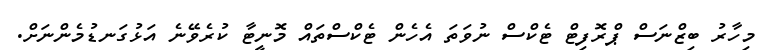
މިހާރު ބިޒްނަސް ޕްރޮފިޓް ޓެކްސް ނުވަތަ އެހެން ޓެކްސްތައް މޮނީޓާ ކުރެވޭނެ އަޅުގަނޑުމެންނަށް.